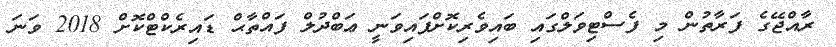
ރާއްޖޭގެ ފަރާތުން މި ފެސްޓިވަލްގައި ބައިވެރިކޮށްފައިވަނީ ޢަބްދުލް ފައްތާޙް ޑައިރެކްޓްކޮށް 2018 ވަނަ